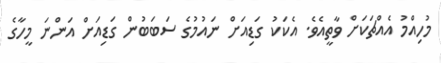
މުހިއްމު އެއްޗަކަށް ވާތީއެވެ. އެކަކު ގަޑިއަށް ނައުމުގެ ސަބަބުން ގަޑިއަށް އަންނަ މީހާގެ